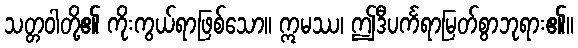
သတ္တဝါတို့၏ ကိုးကွယ်ရာဖြစ်သော။ ဣမဿ၊ ဤဒီပင်္ကရာမြတ်စွာဘုရား၏။